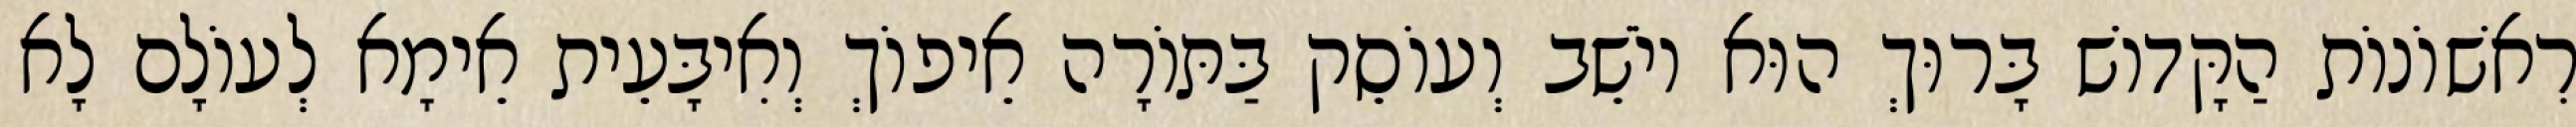
רִאשׁוֹנוֹת הַקָּדוֹשׁ בָּרוּךְ הוּא יוֹשֵׁב וְעוֹסֵק בַּתּוֹרָה אֵיפוֹךְ וְאִיבָּעֵית אֵימָא לְעוֹלָם לָא